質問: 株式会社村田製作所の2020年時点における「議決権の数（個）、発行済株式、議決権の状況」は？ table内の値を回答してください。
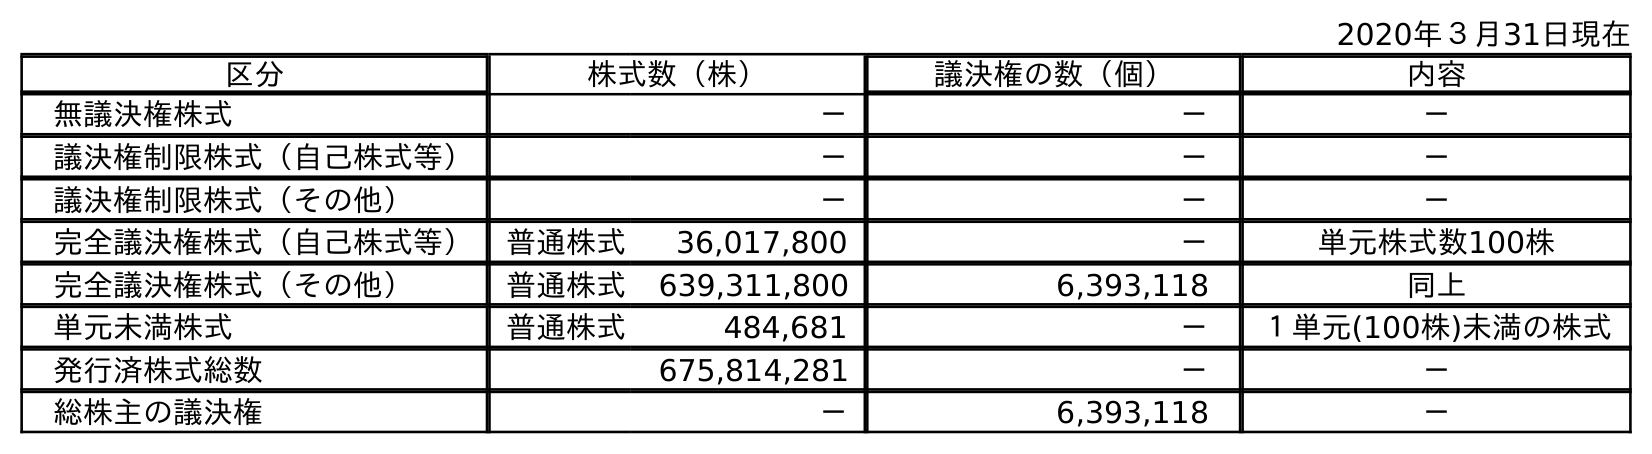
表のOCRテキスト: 2020年３月31日現在 区分 株式数（株） 議決権の数（個） 内容 無議決権株式 － － － 議決権制限株式（自己株式等） － － － 議決権制限株式（その他） － － － 完全議決権株式（自己株式等） 普通株式 36,017,800 － 単元株式数100株 完全議決権株式（その他） 普通株式 639,311,800 6,393,118 同上 単元未満株式 普通株式 484,681 － １単元(100株)未満の株式 発行済株式総数 675,814,281 － － 総株主の議決権 － 6,393,118 －
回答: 6,393,118